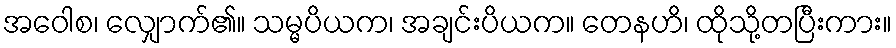
အဝေါစ၊ လျှောက်၏။ သမ္မပိယက၊ အချင်းပိယက။ တေနဟိ၊ ထိုသို့တပြီးကား။